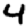
Digit: 4